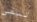
تبقى